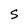
Character: S